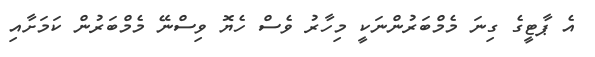
އެ ޕާޓީގެ ގިނަ މެމްބަރުންނަކީ މިހާރު ވެސް ހެޔޮ ވިސްނޭ މެމްބަރުން ކަމަށާއި